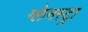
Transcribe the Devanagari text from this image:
ग्लेनस्ट्रा